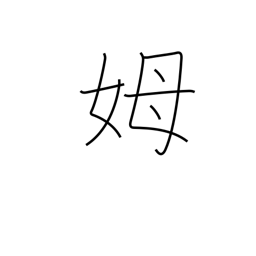
Meaning: wet nurse